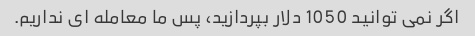
اگر نمی توانید 1050 دلار بپردازید، پس ما معامله ای نداریم.